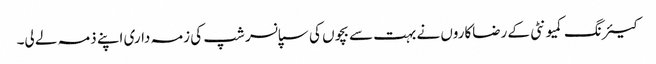
کیئرنگ کمیونٹی کے رضاکاروں نے بہت سے بچوں کی سپانسر شپ کی زمہ داری اپنے ذمہ لے لی۔